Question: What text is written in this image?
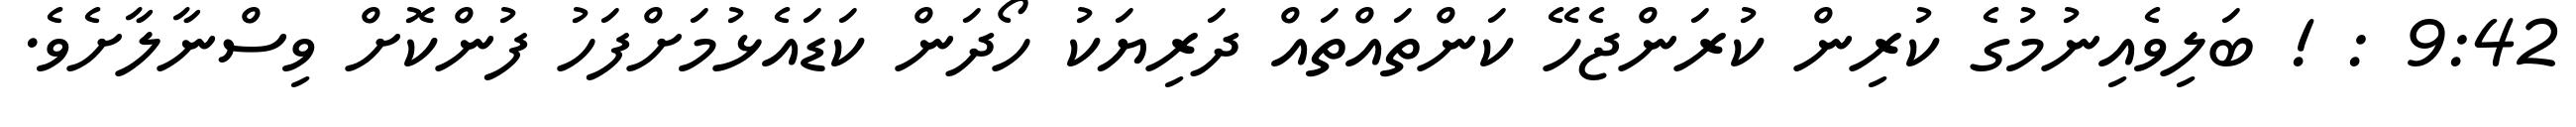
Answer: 9:42 : ! ބަލިވެއިނުމުގެ ކުރިން ކުރަންޖެހޭ ކަންތައްތައް ދަރިޔަކު ހޯދަން ކަޑައެޅުމަށްފަހު ފުންކޮށް ވިސްނާލާށެވެ.